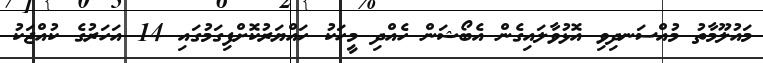
މައުލޫމާތު މުއްސަނދިވި އޮޅުވާލައިގެން އެބޯޝަން ހެއްދި މީހަކު ހައްޔަރުކޮށްފިގަމުގައި 14 އަހަރުގެ ކުއްޖަކު